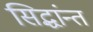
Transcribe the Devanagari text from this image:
सिद्धांन्त